Annual report of the Punjab Veterinary College and of the Civil Veterinary Department, Punjab - 1909-1919
Year: 1909
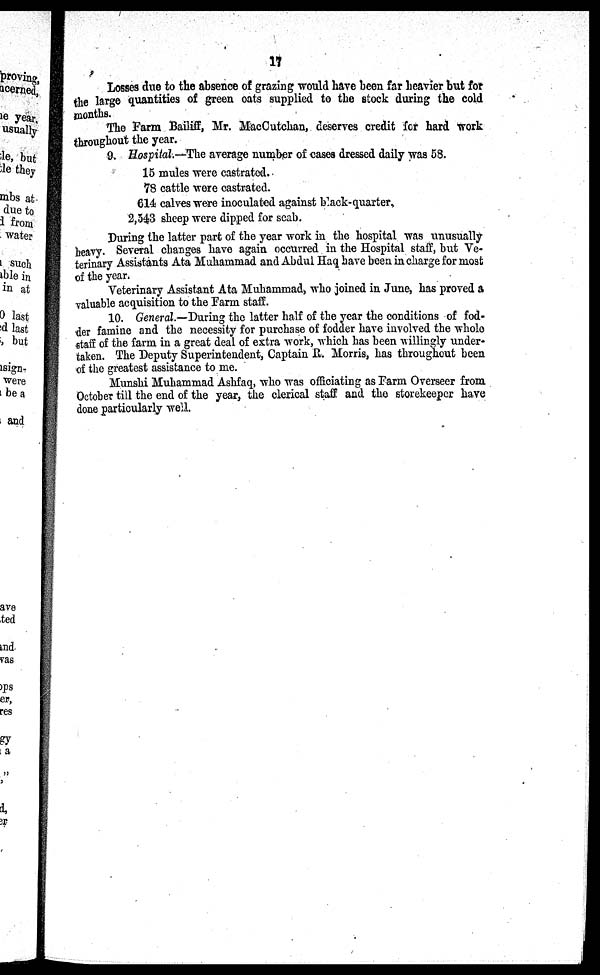
17
Losses due to the absence of grazing would have been far heavier but for
the large quantities of green oats supplied to the stock during the cold
months.
The Farm Bailiff, Mr. MacCutchan, deserves credit for hard work
throughout the year.
9, Hospital.-The average number of cases dressed daily was 58.
15 mules were castrated.
78 cattle were castrated.
614 calves were inoculated against black-quarter,
2,543 sheep were dipped for scab.
During the latter part of the year work in the hospital was unusually
heavy. Several changes have again occurred in the Hospital staff, but Ve-
terinary Assistants Ata Muhammad and Abdul Haq have been in charge for most
of the year.
Veterinary Assistant Ata Muhammad, who joined in June, has proved a
valuable acquisition to the Farm staff.
10. General.—During the latter half of the year the conditions of fod-
der famine and the necessity for purchase of fodder have involved the whole
staff of the farm in a great deal of extra work, which has been willingly under-
taken. The Deputy Superintendent, Captain R. Morris, has throughout been
of the greatest assistance to me.
Munshi Muhammad Ashfaq, who was officiating as Farm Overseer from
October till the end of the year, the clerical staff and the storekeeper have
done particularly well.